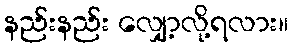
နည်းနည်း လျှော့လို့ရလား။